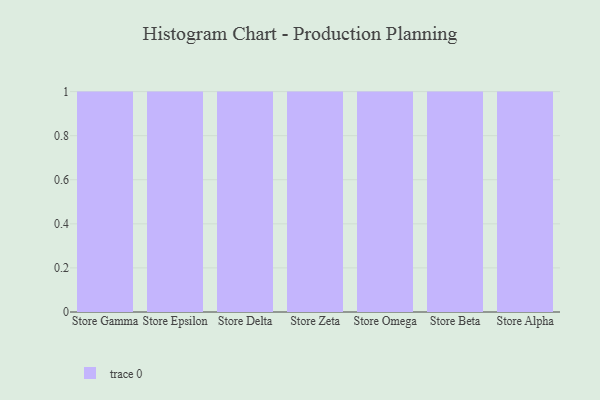
{"axis": {"x": "Store", "y": "Production Output"}, "legend": [""], "data": [{"x": "Store Gamma", "y": 23, "type": ""}, {"x": "Store Epsilon", "y": 6, "type": ""}, {"x": "Store Delta", "y": 28, "type": ""}, {"x": "Store Zeta", "y": 84, "type": ""}, {"x": "Store Omega", "y": 9, "type": ""}, {"x": "Store Beta", "y": 87, "type": ""}, {"x": "Store Alpha", "y": 58, "type": ""}]}